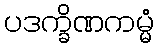
ပဒက္ခိဏကမ္မံ